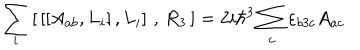
\sum _ { i } \left[ \, \left[ \left[ A _ { a b } , L _ { i } \right] , L _ { i } \right] \, , \, R _ { 3 } \, \right] = 2 i \hbar ^ { 3 } \sum _ { c } \varepsilon _ { b 3 c } A _ { a c }